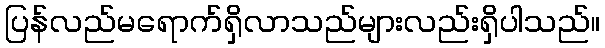
ပြန်လည်မရောက်ရှိလာသည်များလည်းရှိပါသည်။